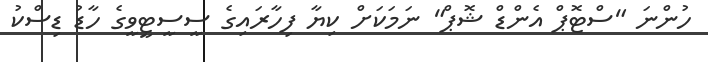
ހުންނަ "ސްޓޮޕް އެންޑް ޝޮޕް" ނަމަކަށް ކިޔާ ފިހާރައިގެ ސީސީޓީވީގެ ހާޑު ޑިސްކު